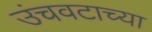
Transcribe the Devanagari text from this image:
उंचवटाच्या